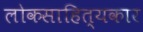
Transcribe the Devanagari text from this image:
लोकसाहित्यकार